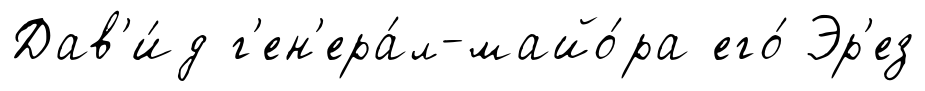
Дав'и́д г'ен'ера́л-майо́ра его́ Эр'ез